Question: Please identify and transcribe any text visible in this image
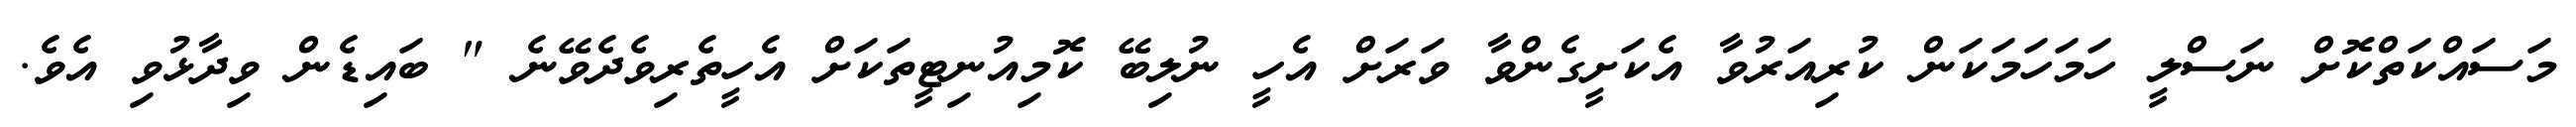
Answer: މަސައްކަތްކޮށް ނަސްލީ ހަމަހަމަކަން ކުރިއަރުވާ އެކަށީގެންވާ ވަރަށް އެހީ ނުލިބޭ ކޮމިއުނިޓީތަކަށް އެހީތެރިވެދެވޭނެ " ބައިޑެން ވިދާޅުވި އެވެ.